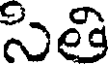
సతి